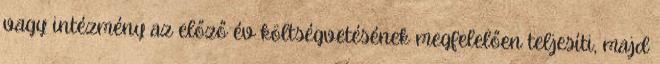
vagy intézmény az előző év költségvetésének megfelelően teljesíti, majd